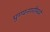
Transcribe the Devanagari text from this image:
पुण्यनगरीमध्ये